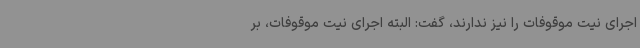
اجرای نیت موقوفات را نیز ندارند، گفت: البته اجرای نیت موقوفات، بر